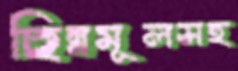
ছিন্নমূলসহ